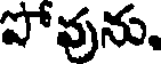
పోవును.